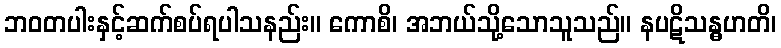
ဘဝတပါးနှင့်ဆက်စပ်ရပါသနည်း။ ကောစိ၊ အဘယ်သို့သောသူသည်။ နပဋိသန္ဓဟတိ၊